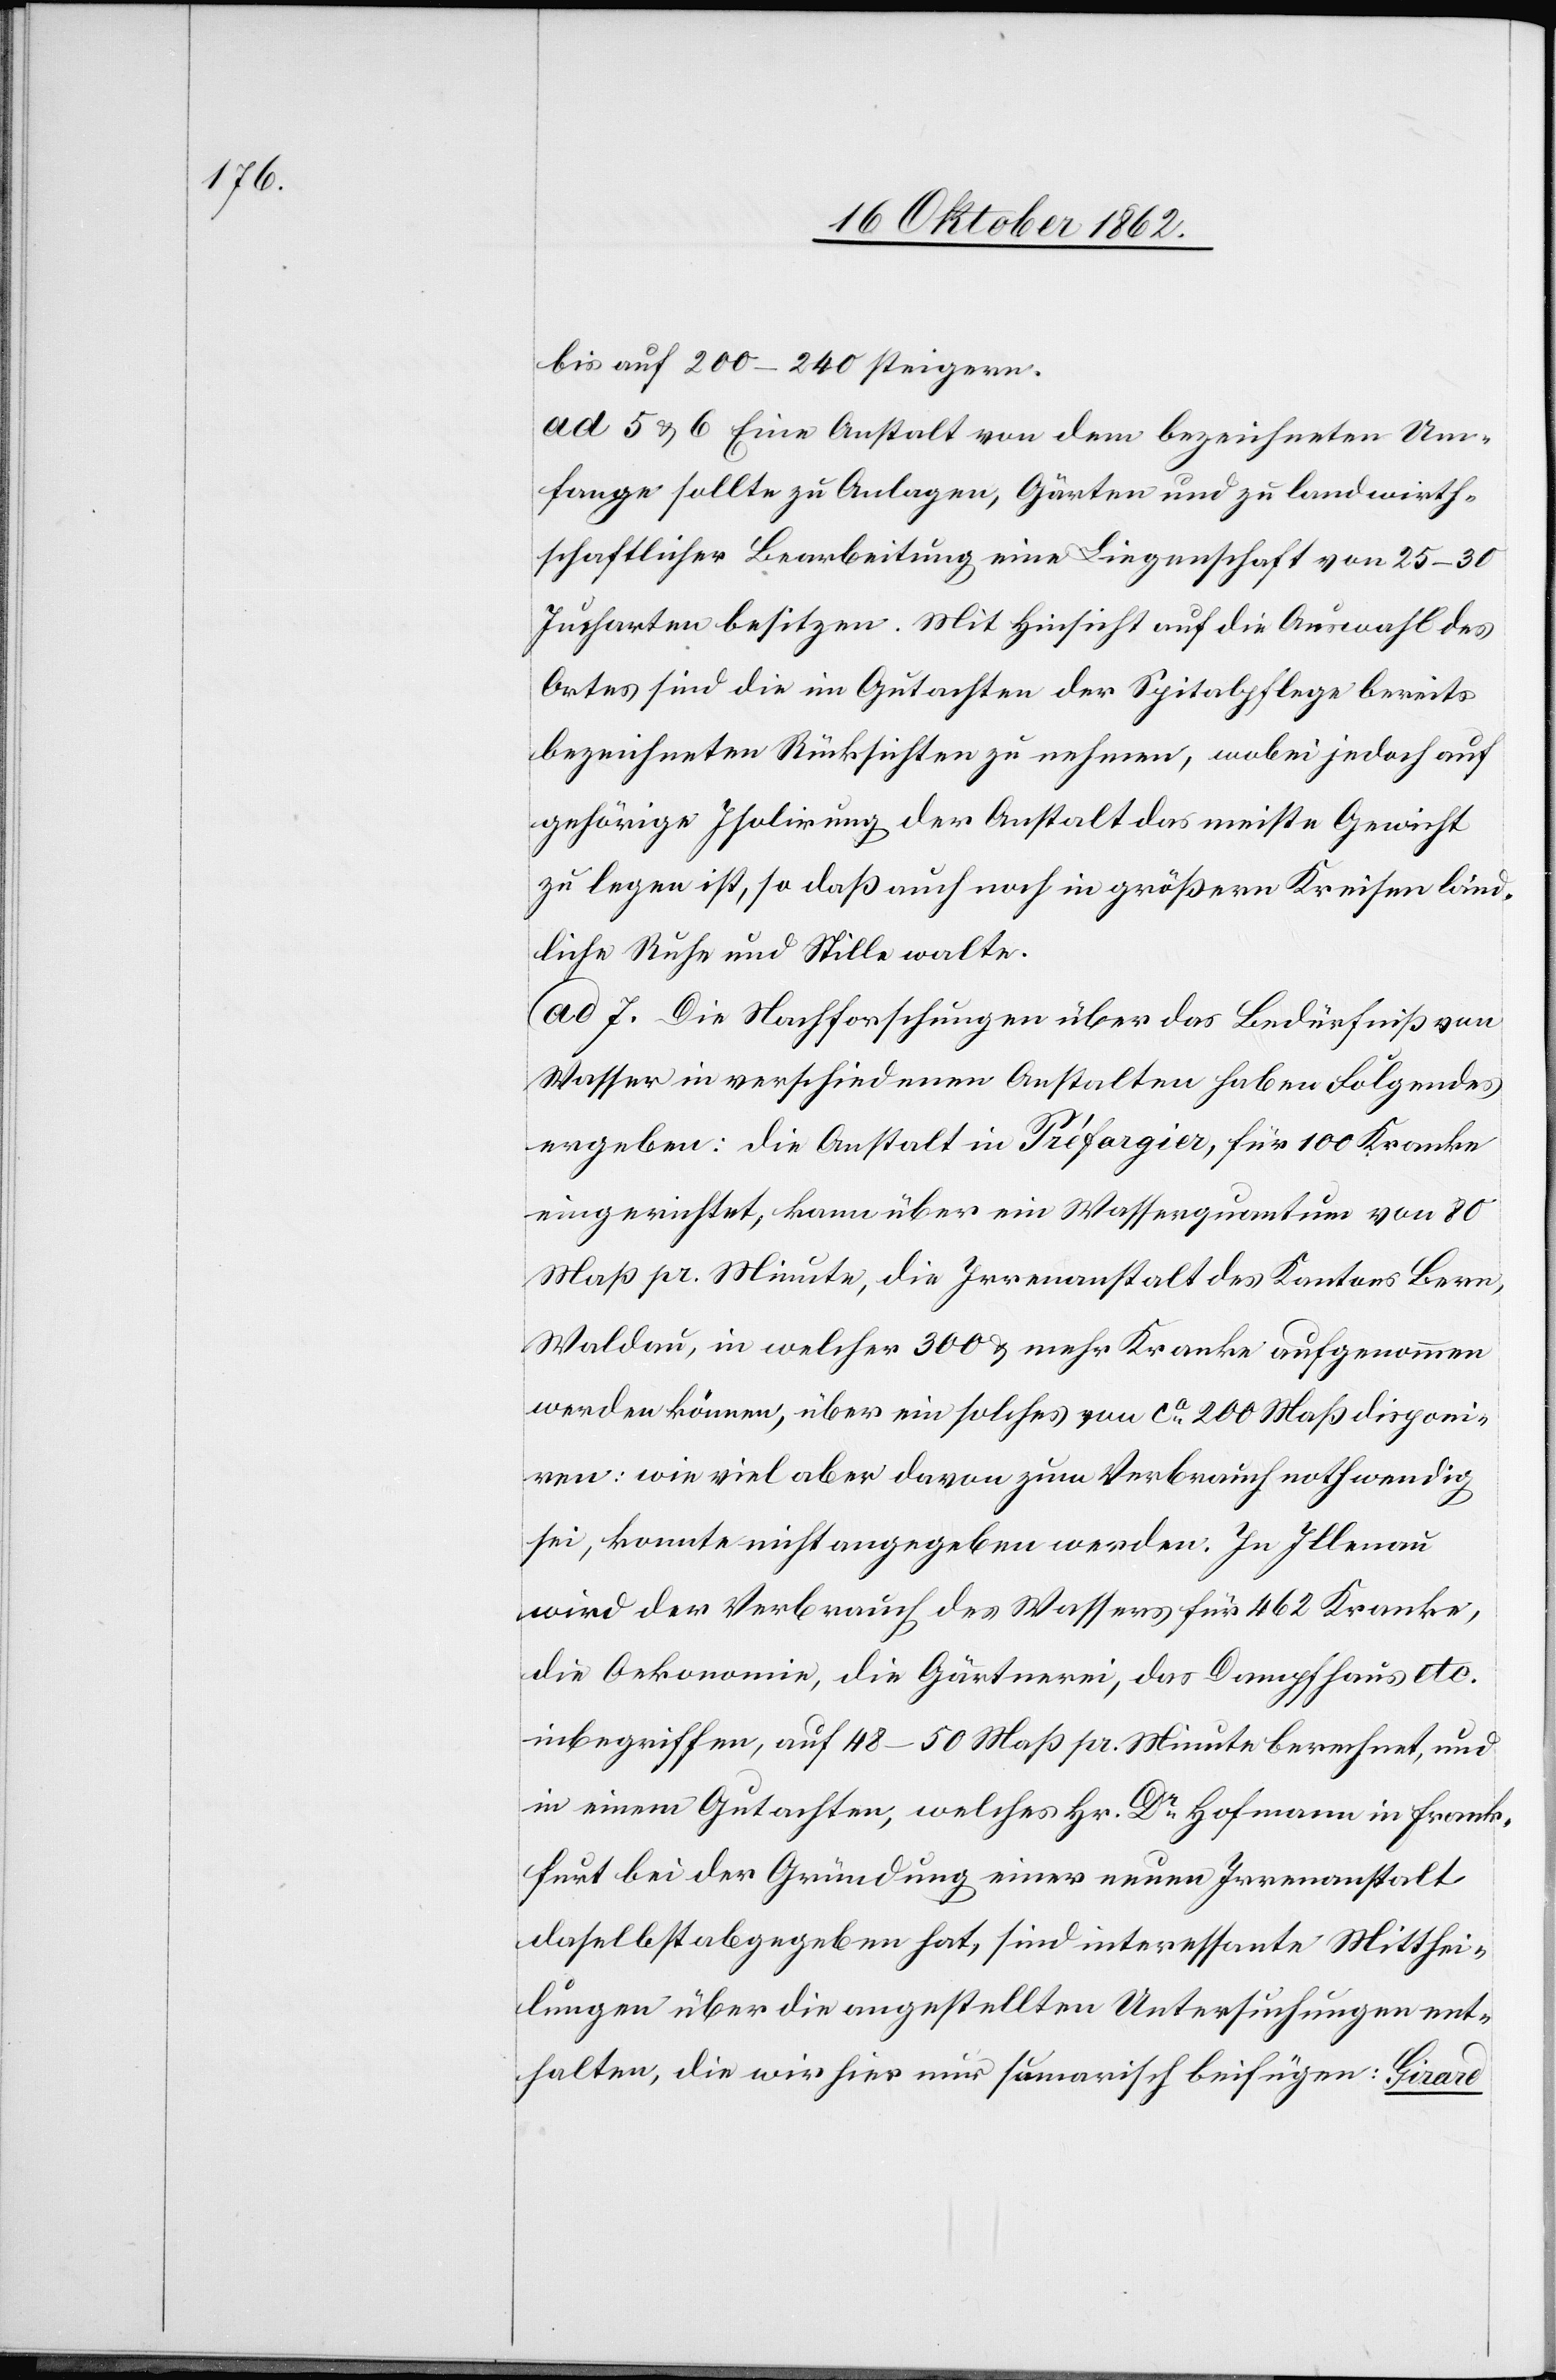
bis auf 200–240 steigen.
ad 5 u. 6. Eine Anstalt von dem bezeichneten Um¬
fange sollte zu Anlagen, Gärten und zu landwirth¬
schaftlicher Bearbeitung eine Liegenschaft von 25–30
Jucharten besitzen. Mit Hinsicht auf die Auswahl des
Ortes sind die im Gutachten der Spitalpflege bereits
bezeichneten Rücksichten zu nehmen, wobei jedoch auf
gehörige Isolirung der Anstalt das meiste Gewicht
zu legen ist, so daß auch noch in größern Kreisen länd¬
liche Ruhe und Stille walte.
ad. 7. Die Nachforschungen über das Bedürfniß von
Wasser in verschiedenen Anstalten haben Folgendes
ergeben: die Anstalt in Préfargier, für 100 Kranke
eingerichtet, kann über ein Wasserquantum von 80
Maß pr. Minute, die Irrenanstalt des Kantons Bern,
Waldau, in welcher 300 u. mehr Kranke aufgenommen
werden können, über ein solches von ca 200 Maß disponi¬
ren: wie viel aber davon zum Verbrauch nothwendig
sei, konnte nicht angegeben werden. In Illnau
wird der Verbrauch des Wassers für 462 Kranke,
die Oekonomie, die Gärtnerei, das Dampfhaus etc.
inbegriffen, auf 48–50 Maß pr. Minute berechnet, und
in einem Gutachten, welches Hr. Dr. Hofmann in Frank¬
furt bei der Gründung einer neuen Irrenanstalt
daselbst abgegeben hat, sind interessante Mitthei¬
lungen über die angestellten Untersuchungen ent¬
halten, die wir hier nur sumarisch beifügen: Girard